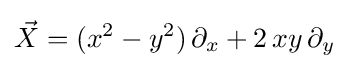
{\vec {X}}=(x^{2}-y^{2})\,\partial _{x}+2\,xy\,\partial _{y}